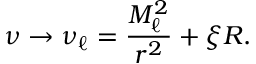
\nu \rightarrow \nu _ { \ell } = \frac { M _ { \ell } ^ { 2 } } { r ^ { 2 } } + \xi R .